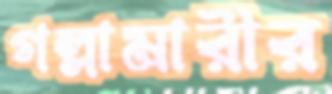
গল্লামারীর